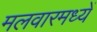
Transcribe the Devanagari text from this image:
मलवारमध्यें